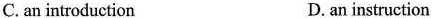
C. an introduction D. an instruction